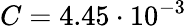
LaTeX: C=4.45\cdot 10^{-3}